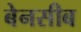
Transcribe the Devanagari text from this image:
बेनसीब